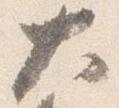
大